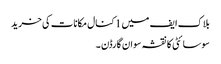
بلاک ایف میں 1 کنال مکانات کی خرید
سوسائٹی کا نقشہ سوان گارڈن ۔